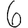
Digit: 6